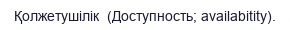
Қолжетушілік  (Доступность; availabitity).